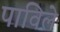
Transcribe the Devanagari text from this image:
पाविले